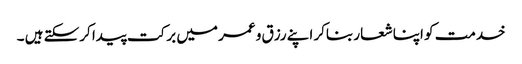
خدمت کو اپنا شعار بناکر اپنے رزق و عمر میں برکت پیدا کرسکتے ہیں ۔